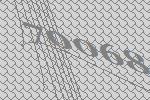
70068